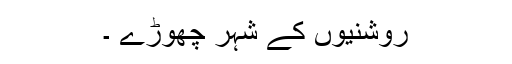
روشنیوں کے شہر چھوڑے ۔